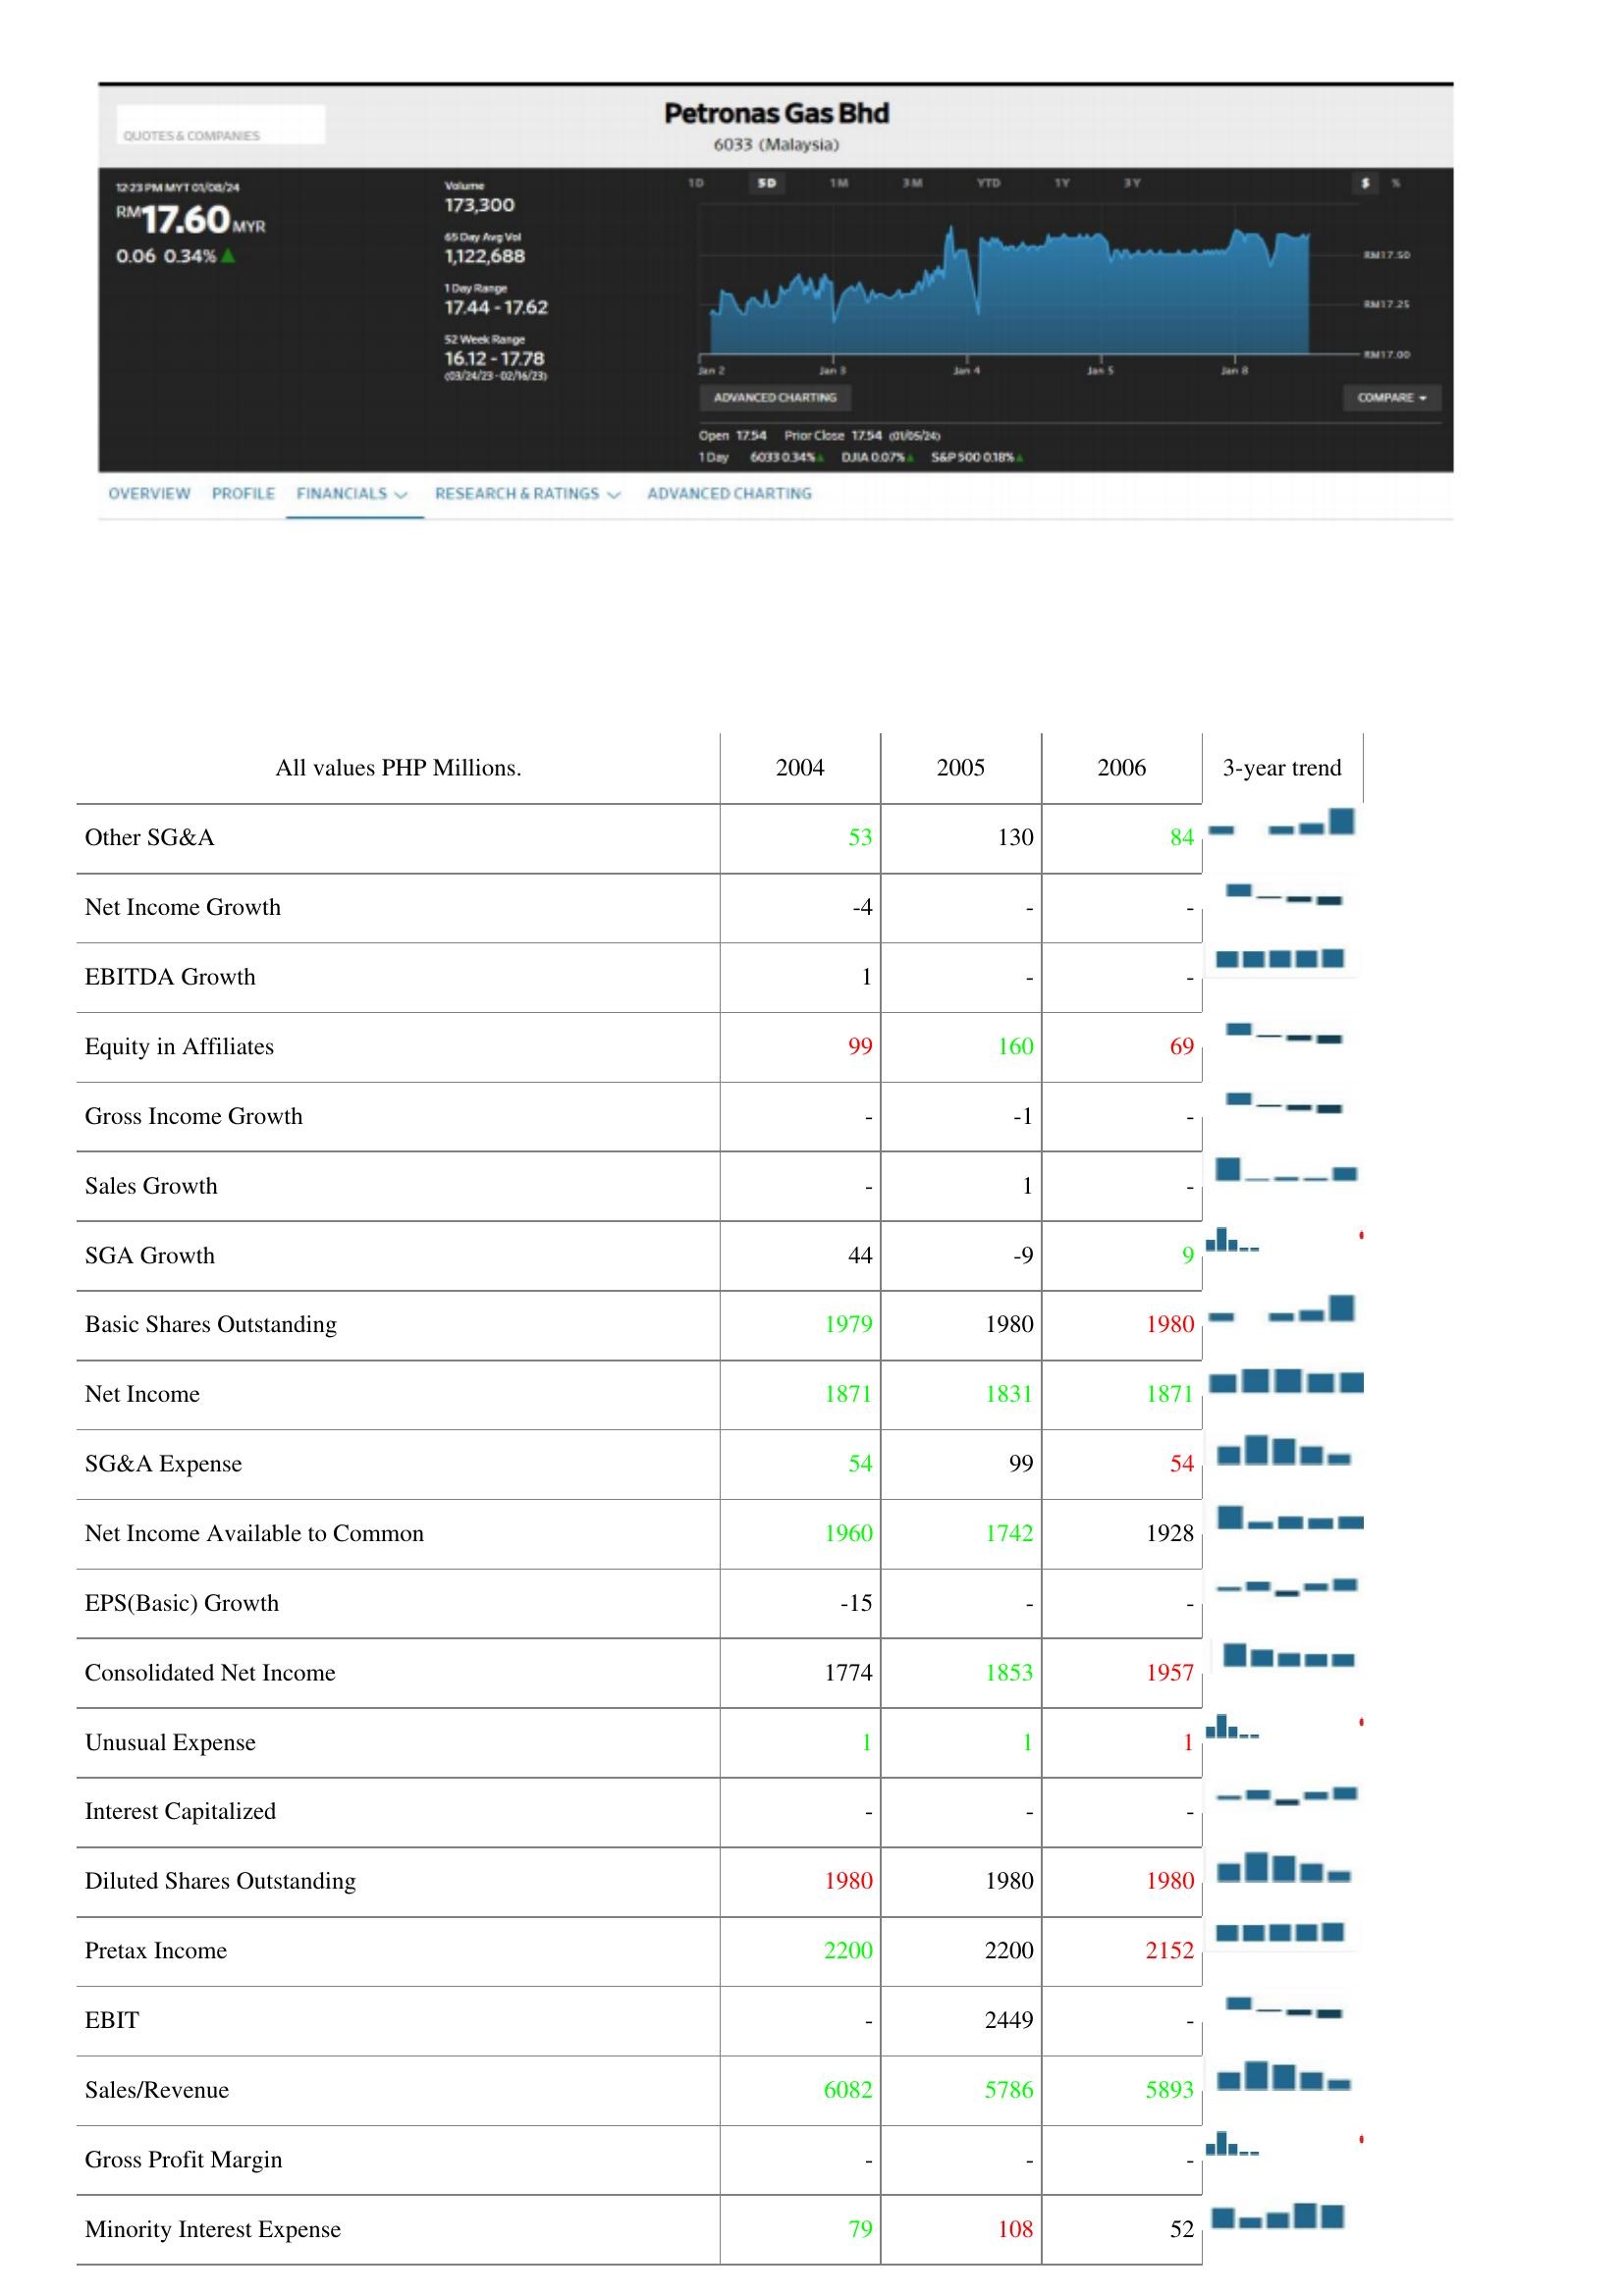
2004: : Other SG&A: 53
Net Income Growth: -4
EBITDA Growth: 1
Equity in Affiliates: 99
Gross Income Growth: -
Sales Growth: -
SGA Growth: 44
Basic Shares Outstanding: 1979
Net Income: 1871
SG&A Expense: 54
Net Income Available to Common: 1960
EPS(Basic) Growth: -15
Consolidated Net Income: 1774
Unusual Expense: 1
Interest Capitalized: -
Diluted Shares Outstanding: 1980
Pretax Income: 2200
EBIT: -
Sales/Revenue: 6082
Gross Profit Margin: -
Minority Interest Expense: 79
2005: : Other SG&A: 130
Net Income Growth: -
EBITDA Growth: -
Equity in Affiliates: 160
Gross Income Growth: -1
Sales Growth: 1
SGA Growth: -9
Basic Shares Outstanding: 1980
Net Income: 1831
SG&A Expense: 99
Net Income Available to Common: 1742
EPS(Basic) Growth: -
Consolidated Net Income: 1853
Unusual Expense: 1
Interest Capitalized: -
Diluted Shares Outstanding: 1980
Pretax Income: 2200
EBIT: 2449
Sales/Revenue: 5786
Gross Profit Margin: -
Minority Interest Expense: 108
2006: : Other SG&A: 84
Net Income Growth: -
EBITDA Growth: -
Equity in Affiliates: 69
Gross Income Growth: -
Sales Growth: -
SGA Growth: 9
Basic Shares Outstanding: 1980
Net Income: 1871
SG&A Expense: 54
Net Income Available to Common: 1928
EPS(Basic) Growth: -
Consolidated Net Income: 1957
Unusual Expense: 1
Interest Capitalized: -
Diluted Shares Outstanding: 1980
Pretax Income: 2152
EBIT: -
Sales/Revenue: 5893
Gross Profit Margin: -
Minority Interest Expense: 52